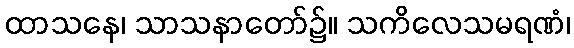
ထာသနေ၊ သာသနာတော်၌။ သကိလေသမရဏံ၊